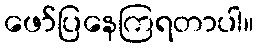
ဖော်ပြနေကြရတာပါ။